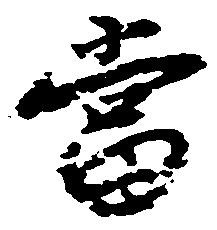
当